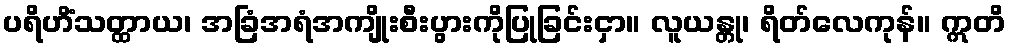
ပရိဟိံသတ္ထာယ၊ အခြံအရံအကျိုးစီးပွားကိုပြုခြင်းငှာ။ လူယန္တု၊ ရိတ်လေကုန်။ ဣတိ